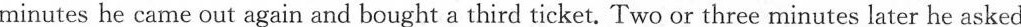
minutes he came out again and bought a third ticket. Two or three minutes later he asked